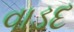
વાડદ